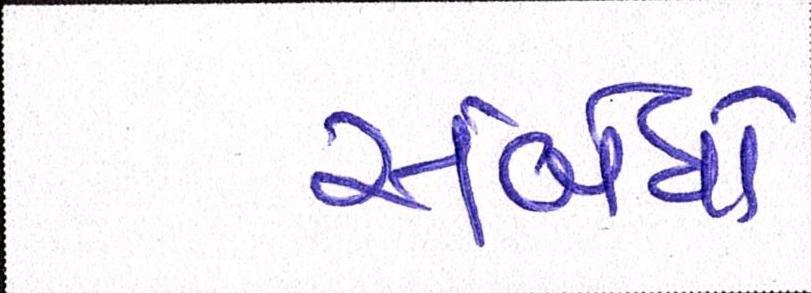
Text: સંબંધો